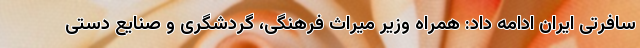
سافرتی ایران ادامه داد: همراه وزیر میراث فرهنگی، گردشگری و صنایع دستی